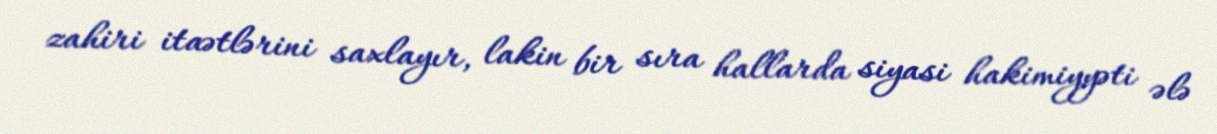
zahiri itaətlərini saxlayır, lakin bir sıra hallarda siyasi hakimiyyəti ələ